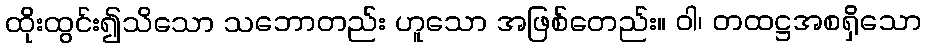
ထိုးထွင်း၍သိသော သဘောတည်း ဟူသော အဖြစ်တေည်း။ ဝါ၊ တထဋ္ဌအစရှိသော